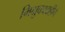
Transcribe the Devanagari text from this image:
भिक्षुकशाहीचे